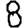
Digit: 8